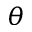
\theta